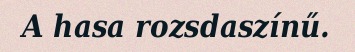
A hasa rozsdaszínű.